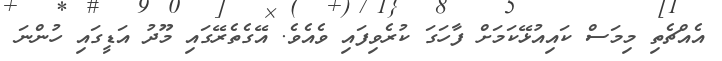
އެއްޗެތި މިމަސް ކައިއުޅޭކަމަށް ފާހަގަ ކުރެވިފައި ވެއެވެ. އޭގެތެރޭގައި މޫދު އަޑީގައި ހުންނަ